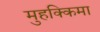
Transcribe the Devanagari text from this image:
मुहक्किमा